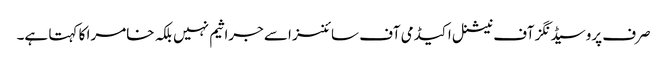
صرف پروسیڈنگز آف نیشنل اکیڈمی آف سائنسز اسے جراثیم نہیں بلکہ خامرا کا کہتا ہے۔